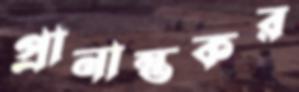
প্রানান্তকর